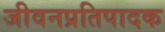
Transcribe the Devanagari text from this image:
जीवनप्रतिपादक